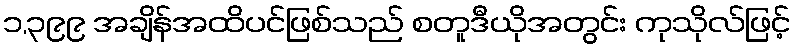
၁,၃၉၉ အချိန်အထိပင်ဖြစ်သည် စတူဒီယိုအတွင်း ကုသိုလ်ဖြင့်